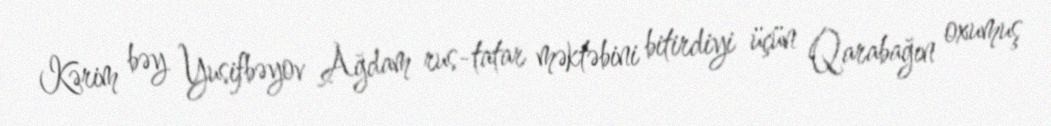
Kərim bəy Yusifbəyov Ağdam rus-tatar məktəbini bitirdiyi üçün Qarabağın oxumuş